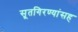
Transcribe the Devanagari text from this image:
सूतगिरण्यांसह